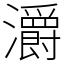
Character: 灂